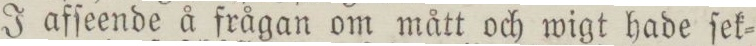
J afſeende å frågan om mått och wigt hade ſek=